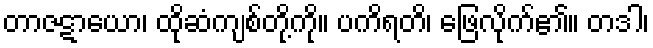
တာဇဋာယော၊ ထိုဆံကျစ်တို့ကို။ ပကိရတိ၊ ဖြေလိုက်၏။ တဒါ၊